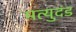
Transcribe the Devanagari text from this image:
मत्युदंड